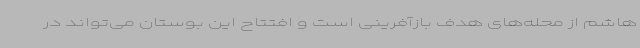
هاشم از محله‌های هدف بازآفرینی است و افتتاح این بوستان می‌تواند در